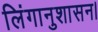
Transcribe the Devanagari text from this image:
लिंगानुशासन।